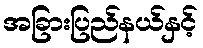
အခြားပြည်နယ်နှင့်